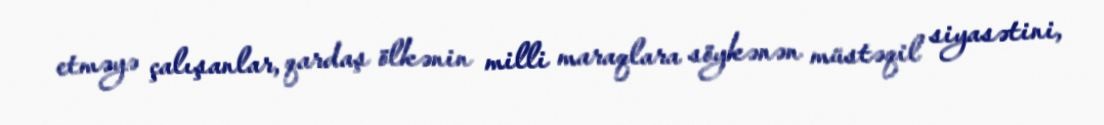
etməyə çalışanlar, qardaş ölkənin milli maraqlara söykənən müstəqil siyasətini,